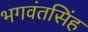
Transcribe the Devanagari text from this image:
भगवंतसिंह